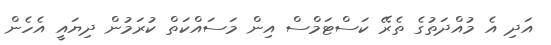
އަދި އެ މުއްދަތުގެ ތެރޭ ކަސްޓަމްސް އިން މަސައްކަތް ކުރަމުން ދިޔައީ އެހެން